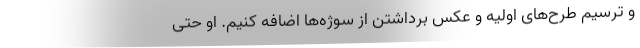
و ترسیم طرح‌های اولیه و عکس برداشتن از سوژه‌ها اضافه کنیم. او حتی